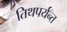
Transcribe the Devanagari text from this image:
तिथपर्यन्त